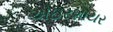
એઇરશાયર